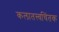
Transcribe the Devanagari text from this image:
कलातत्त्वचिंतक